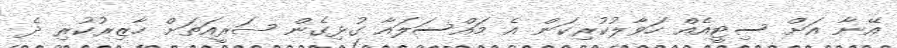
އޭނާ އަށް ސިޓީއެއް ހަވާލުކުރިކަން އެ މައްސަލައާ ގުޅިގެން ޝަރީއަތަށް ހާޒިރުކުރި ދެ